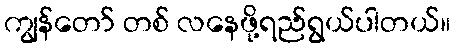
ကျွန်တော် တစ် လနေဖို့ရည်ရွယ်ပါတယ်။